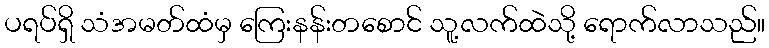
ပရပ်ရှိ သံအမတ်ထံမှ ကြေးနန်းတစောင် သူ့လက်ထဲသို့ ရောက်လာသည်။